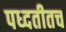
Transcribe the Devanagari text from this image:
पध्दतीतच